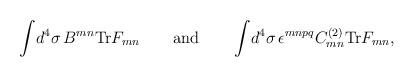
LaTeX: \begin{align*}\int \!d^4\sigma \,B^{mn}{\rm Tr}F_{mn} \quad\quad {\rm and} \quad\quad\int \!d^4\sigma \, \epsilon^{mnpq}C^{(2)}_{mn}{\rm Tr}F_{mn},\end{align*}